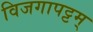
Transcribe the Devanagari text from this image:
विजगापट्टम्